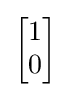
{\begin{bmatrix}1\\0\end{bmatrix}}